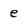
Character: e